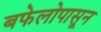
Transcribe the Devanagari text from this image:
बफेलोपासून